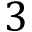
3